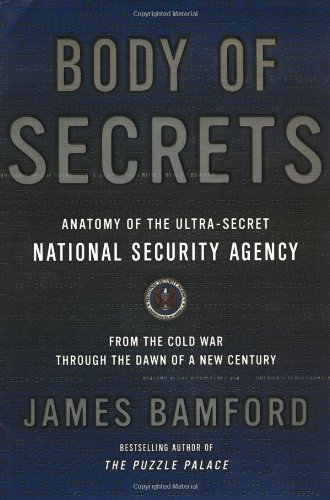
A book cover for Body of Secrets: Anatomy of the Ultra-Secret National Security Agency; James Bamford; History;